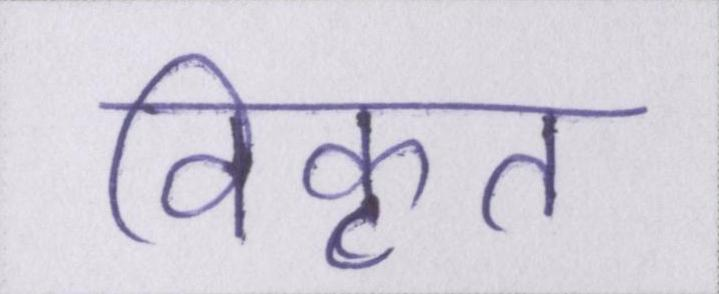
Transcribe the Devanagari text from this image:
विकृत